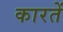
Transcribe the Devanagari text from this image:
कारतें